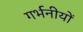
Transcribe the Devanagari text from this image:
गर्भनीयों